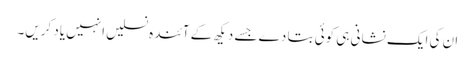
ان کی ایک نشانی ہی کوئی بتا دے جسے دیکھ کے آئندہ نسلیں انہیں یاد کریں۔